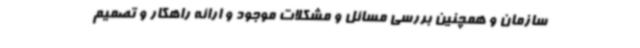
سازمان و همچنین بررسی مسائل و مشکلات موجود و ارائه راهکار و تصمیم